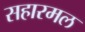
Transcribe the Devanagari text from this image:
सहारमल